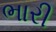
ભારી